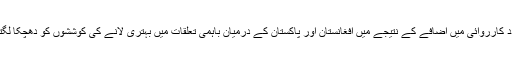
پُرتشدد کارروائی میں اضافے کے نتیجے میں افغانستان اور پاکستان کے درمیان باہمی تعلقات میں بہتری لانے کی کوششوں کو دھچکا لگتا ہے۔